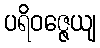
ပရိဝဇ္ဇေယျ